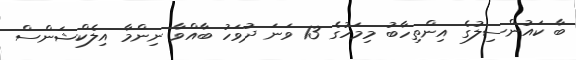
ބާ ކައުންސިލުގެ އިންތިހާބު މިމަހުގެ 13 ވަނަ ދުވަހު ބާއްވާ ނިންމާ އިލެކްޝަންސް